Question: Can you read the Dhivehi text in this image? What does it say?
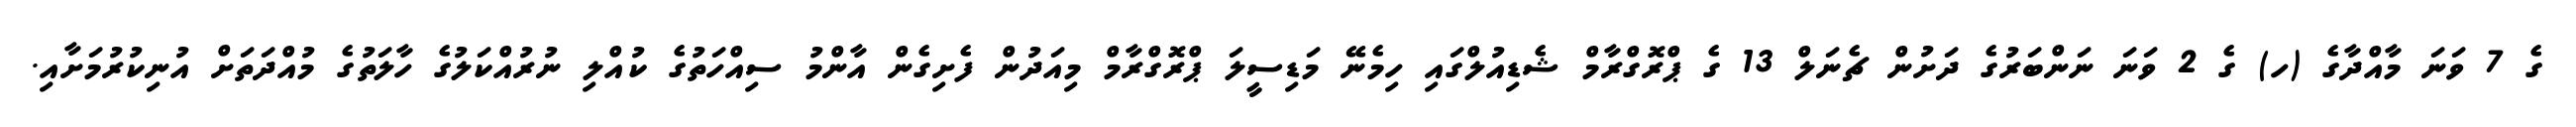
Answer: ގެ 7 ވަނަ މާއްދާގެ (ހ) ގެ 2 ވަނަ ނަންބަރުގެ ދަށުން ޗެނަލް 13 ގެ ޕްރޮގްރާމް ޝެޑިއުލްގައި ހިމެނޭ މަޑިސީލަ ޕްރޮގްރާމް މިއަދުން ފެށިގެން އާންމު ސިއްހަތުގެ ކުއްލި ނުރުއްކަލުގެ ހާލަތުގެ މުއްދަތަށް އުނިކުރުމަށާއި.